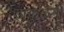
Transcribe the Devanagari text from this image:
डाकुळगी